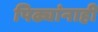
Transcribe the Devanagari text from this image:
पिढ्यांनाही